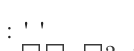
: ' '